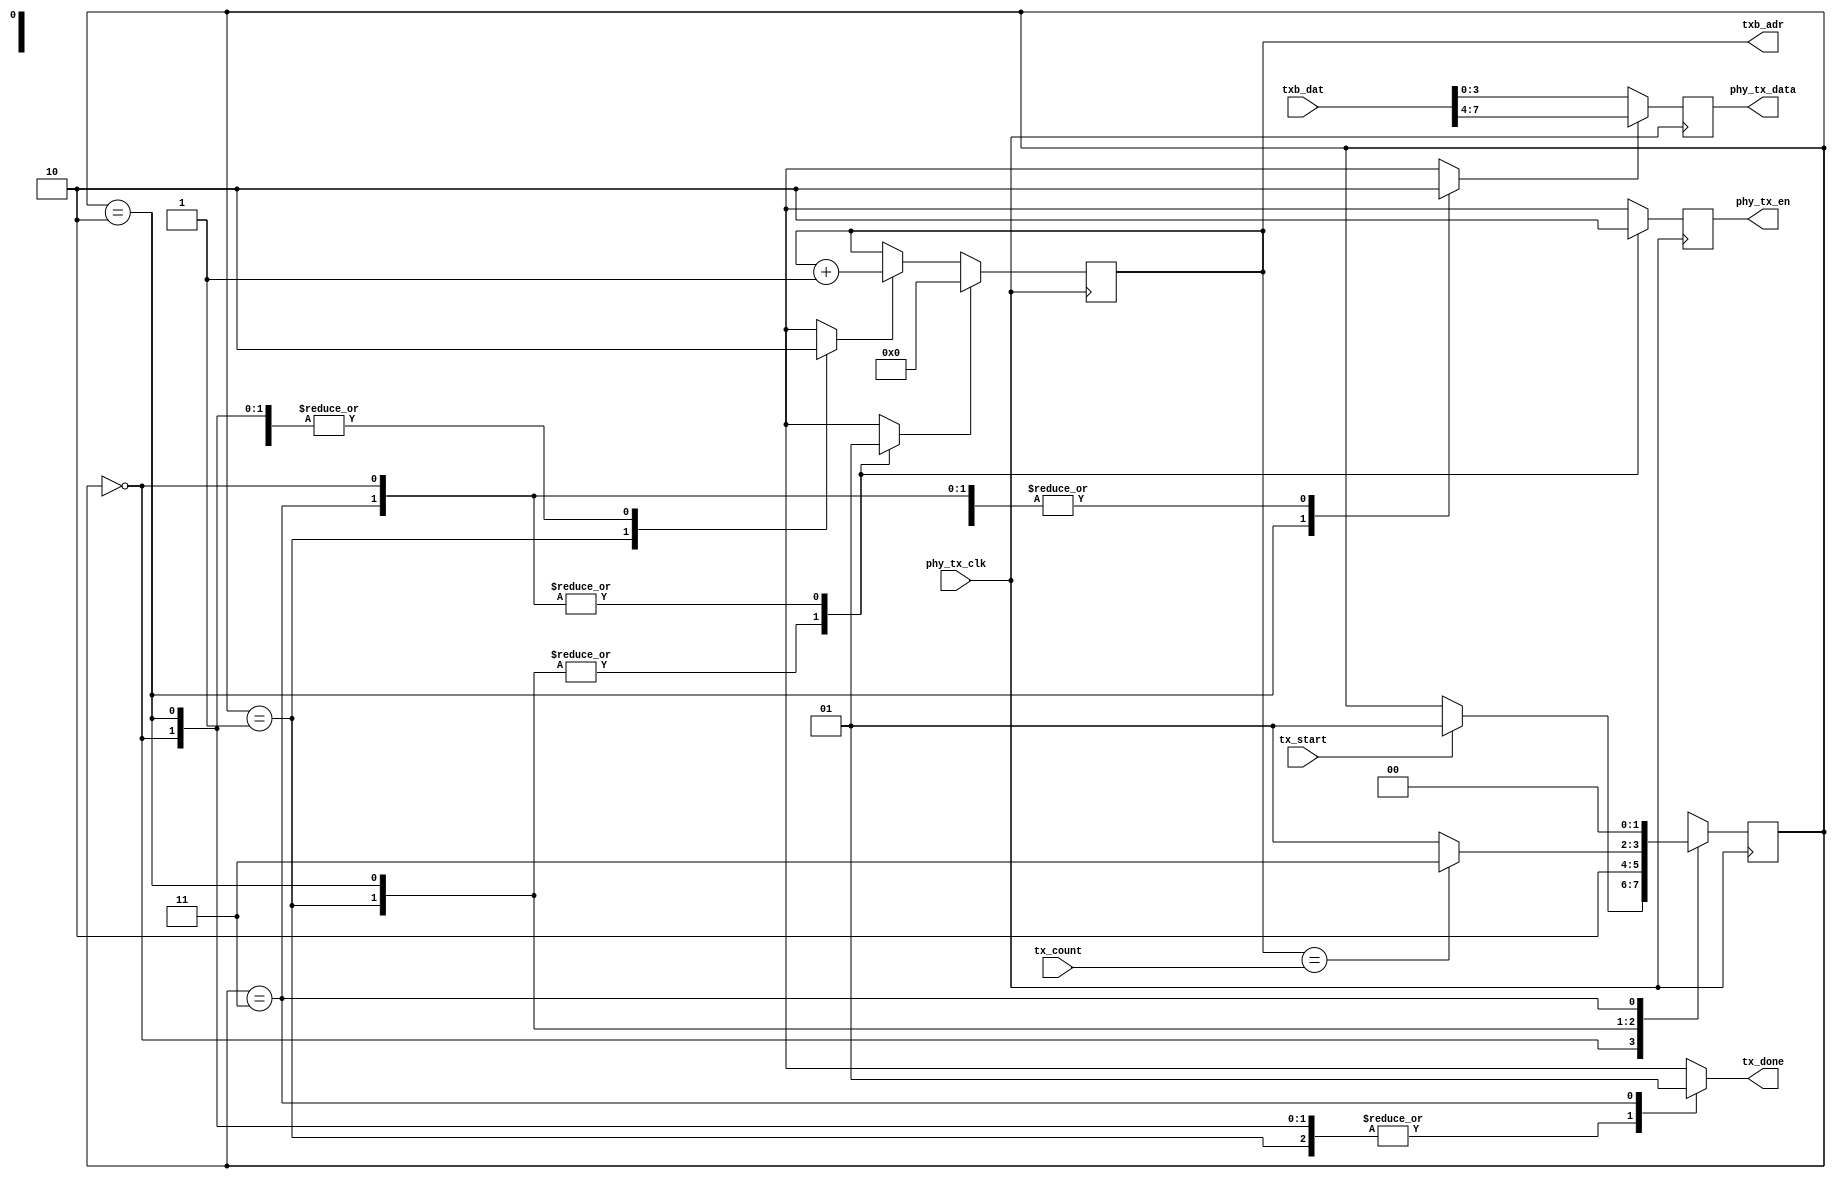
module minimac2_tx(
	input phy_tx_clk,
	input tx_start,
	output reg tx_done,
	input [10:0] tx_count,
	input [7:0] txb_dat,
	output [10:0] txb_adr,
	output reg phy_tx_en,
	output reg [3:0] phy_tx_data
);
reg phy_tx_en_r;
reg phy_tx_data_sel;
wire [3:0] phy_tx_data_r = phy_tx_data_sel ? txb_dat[7:4] : txb_dat[3:0];
always @(posedge phy_tx_clk) begin
	phy_tx_en <= phy_tx_en_r;
	phy_tx_data <= phy_tx_data_r;
end
reg [10:0] byte_count;
reg byte_count_reset;
reg byte_count_inc;
always @(posedge phy_tx_clk) begin
	if(byte_count_reset)
		byte_count <= 11'd0;
	else if(byte_count_inc)
		byte_count <= byte_count + 11'd1;
end
assign txb_adr = byte_count;
wire byte_count_max = byte_count == tx_count;
parameter IDLE		= 2'd0;
parameter SEND_LO	= 2'd1;
parameter SEND_HI	= 2'd2;
parameter TERMINATE	= 2'd3;
reg [1:0] state;
reg [1:0] next_state;
initial state <= IDLE;
always @(posedge phy_tx_clk)
	state <= next_state;
always @(*) begin
	phy_tx_en_r = 1'b0;
	phy_tx_data_sel = 1'b0;
	byte_count_reset = 1'b0;
	byte_count_inc = 1'b0;
	tx_done = 1'b0;
	next_state = state;
	case(state)
		IDLE: begin
			byte_count_reset = 1'b1;
			if(tx_start)
				next_state = SEND_LO;
		end
		SEND_LO: begin
			byte_count_inc = 1'b1;
			phy_tx_en_r = 1'b1;
			phy_tx_data_sel = 1'b0;
			next_state = SEND_HI;
		end
		SEND_HI: begin
			phy_tx_en_r = 1'b1;
			phy_tx_data_sel = 1'b1;
			if(byte_count_max)
				next_state = TERMINATE;
			else
				next_state = SEND_LO;
		end
		TERMINATE: begin
			byte_count_reset = 1'b1;
			tx_done = 1'b1;
			next_state = IDLE;
		end
	endcase
end
endmodule